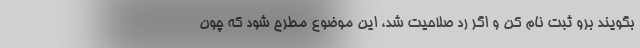
بگویند برو ثبت نام کن و اگر رد صلاحیت شد، این موضوع مطرح شود که چون